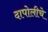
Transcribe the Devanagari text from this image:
दापोलीचे